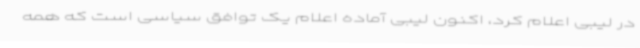
در لیبی اعلام کرد، اکنون لیبی آماده اعلام یک توافق سیاسی است که همه